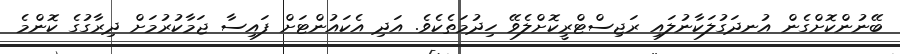
ބޭނުންކޮށްގެން އުނދަގުލަކާނުލައި ރަޖިސްޓްރީކޮށްލެވޭ ހިދުމަތެކެވެ. އަދި އެކައުންޓަށް ފައިސާ ޖަމާކުރުމަށް ދިރާގުގެ ކޮންމެ